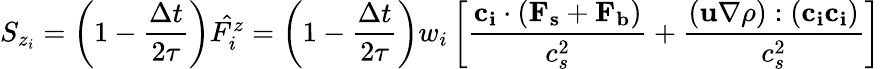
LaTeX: S_{z_{i}}=\left(1-\frac{\Delta t}{2\tau}\right)\hat{F_{i}^{z}}=\left(1-\frac{\Delta t}{2\tau}\right)w_{i}\left[\frac{\mathbf{c_{i}}\cdot(\mathbf{F_{s}}+\mathbf{F_{b}})}{c_{s}^{2}}+\frac{(\mathbf{u}\nabla\rho):(\mathbf{c_{i}}\mathbf{c_{i}})}{c_{s}^{2}}\right]